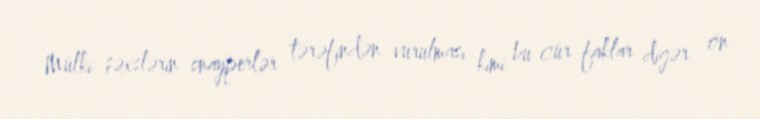
Mülki şəxslərin snayperlər tərəfindən vurulması kimi bu cür faklar digər ön